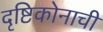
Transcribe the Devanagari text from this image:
दृष्टिकोनाची